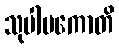
သုပါပကောတိ